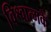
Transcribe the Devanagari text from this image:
विश्वात्मकें